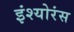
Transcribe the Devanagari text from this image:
इंश्योरंस